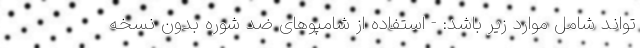
تواند شامل موارد زیر باشد: - استفاده از شامپوهای ضد شوره بدون نسخه